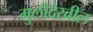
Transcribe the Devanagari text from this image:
मुलीदेखील